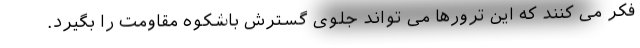
فکر می کنند که این ترورها می تواند جلوی گسترش باشکوه مقاومت را بگیرد.